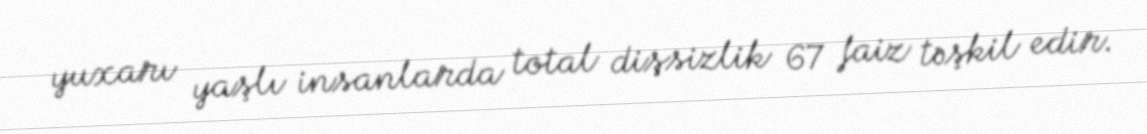
yuxarı yaşlı insanlarda total dişsizlik 67 faiz təşkil edir.